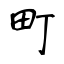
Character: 町